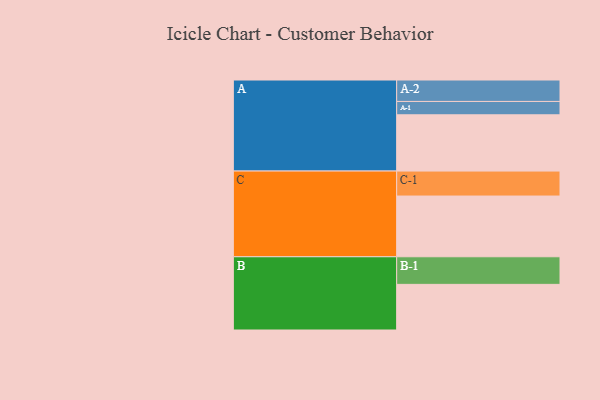
{"axis": {"x": "Segment", "y": "Value"}, "legend": ["", "A", "B", "C"], "data": [{"x": "A", "y": 556, "type": ""}, {"x": "B", "y": 451, "type": ""}, {"x": "C", "y": 600, "type": ""}, {"x": "A-1", "y": 132, "type": "A"}, {"x": "A-2", "y": 212, "type": "A"}, {"x": "B-1", "y": 273, "type": "B"}, {"x": "C-1", "y": 247, "type": "C"}]}